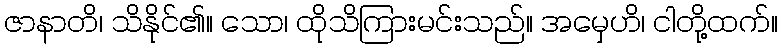
ဇာနာတိ၊ သိနိုင်၏။ သော၊ ထိုသိကြားမင်းသည်။ အမှေဟိ၊ ငါတို့ထက်။